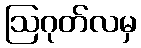
ဩဂုတ်လမှ